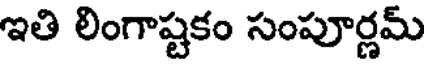
ఇతి లింగాష్టకం సంపూర్ణమ్